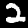
Digit: 2